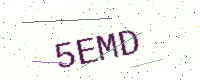
Text: 5EMD